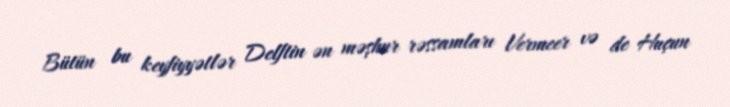
Bütün bu keyfiyyətlər Delftin ən məşhur rəssamları Vermeer və de Huçun